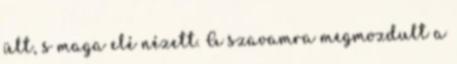
ült, s maga elé nézett. A szavamra megmozdult a